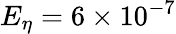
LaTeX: E_{\eta}=6\times 10^{-7}